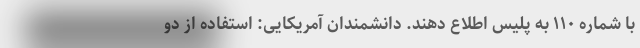
با شماره ۱۱۰ به پلیس اطلاع دهند. دانشمندان آمریکایی: استفاده از دو